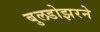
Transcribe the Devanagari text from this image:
बुलडोझरने